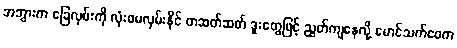
အဘွားက ခြေလှမ်းကို လုံးဝမလှမ်းနိုင် တဆတ်ဆတ် ဒူးတွေဖြင့် ညွတ်ကျနေလို့ မောင်သက်ဝေက